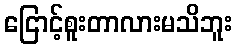
ငြောင့်စူးတာလားမသိဘူး